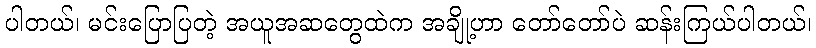
ပါတယ်၊ မင်းပြောပြတဲ့ အယူအဆတွေထဲက အချို့ဟာ တော်တော်ပဲ ဆန်းကြယ်ပါတယ်၊